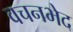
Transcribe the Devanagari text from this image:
वचनभेद